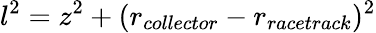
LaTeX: l^{2}=z^{2}+(r_{collector}-r_{racetrack})^{2}